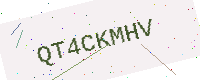
Text: QT4CKMHV